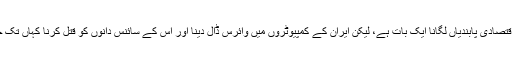
ایران پر اقتصادی پابندیاں لگانا ایک بات ہے، لیکن ایران کے کمپیوٹروں میں وائرس ڈال دینا اور اُس کے سائنس دانوں کو قتل کرنا کہاں تک جائز ہے؟